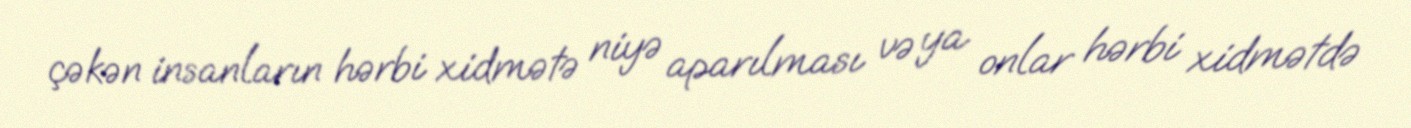
çəkən insanların hərbi xidmətə niyə aparılması və ya onlar hərbi xidmətdə